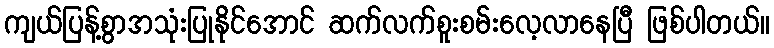
ကျယ်ပြန့်စွာအသုံးပြုနိုင်အောင် ဆက်လက်စူးစမ်းလေ့လာနေပြီ ဖြစ်ပါတယ်။